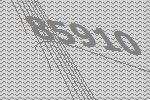
85910